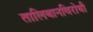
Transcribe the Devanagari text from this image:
तालिबानविरोधी